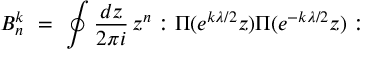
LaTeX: B _ { n } ^ { k } \ = \ \oint { \frac { d z } { 2 \pi i } } \, z ^ { n } : \Pi ( e ^ { k \lambda / 2 } z ) \Pi ( e ^ { - k \lambda / 2 } z ) :